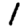
Digit: 1